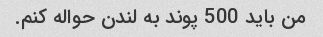
من باید 500 پوند به لندن حواله کنم.